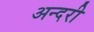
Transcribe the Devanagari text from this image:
अन्दरी